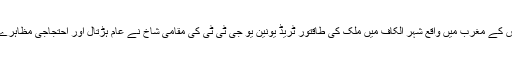
دارالحکومت تیونس کے مغرب میں واقع شہر الکاف میں ملک کی طاقتور ٹریڈ یونین یو جی ٹی ٹی کی مقامی شاخ نے عام ہڑتال اور احتجاجی مظاہرے کی اپیل کی تھی۔